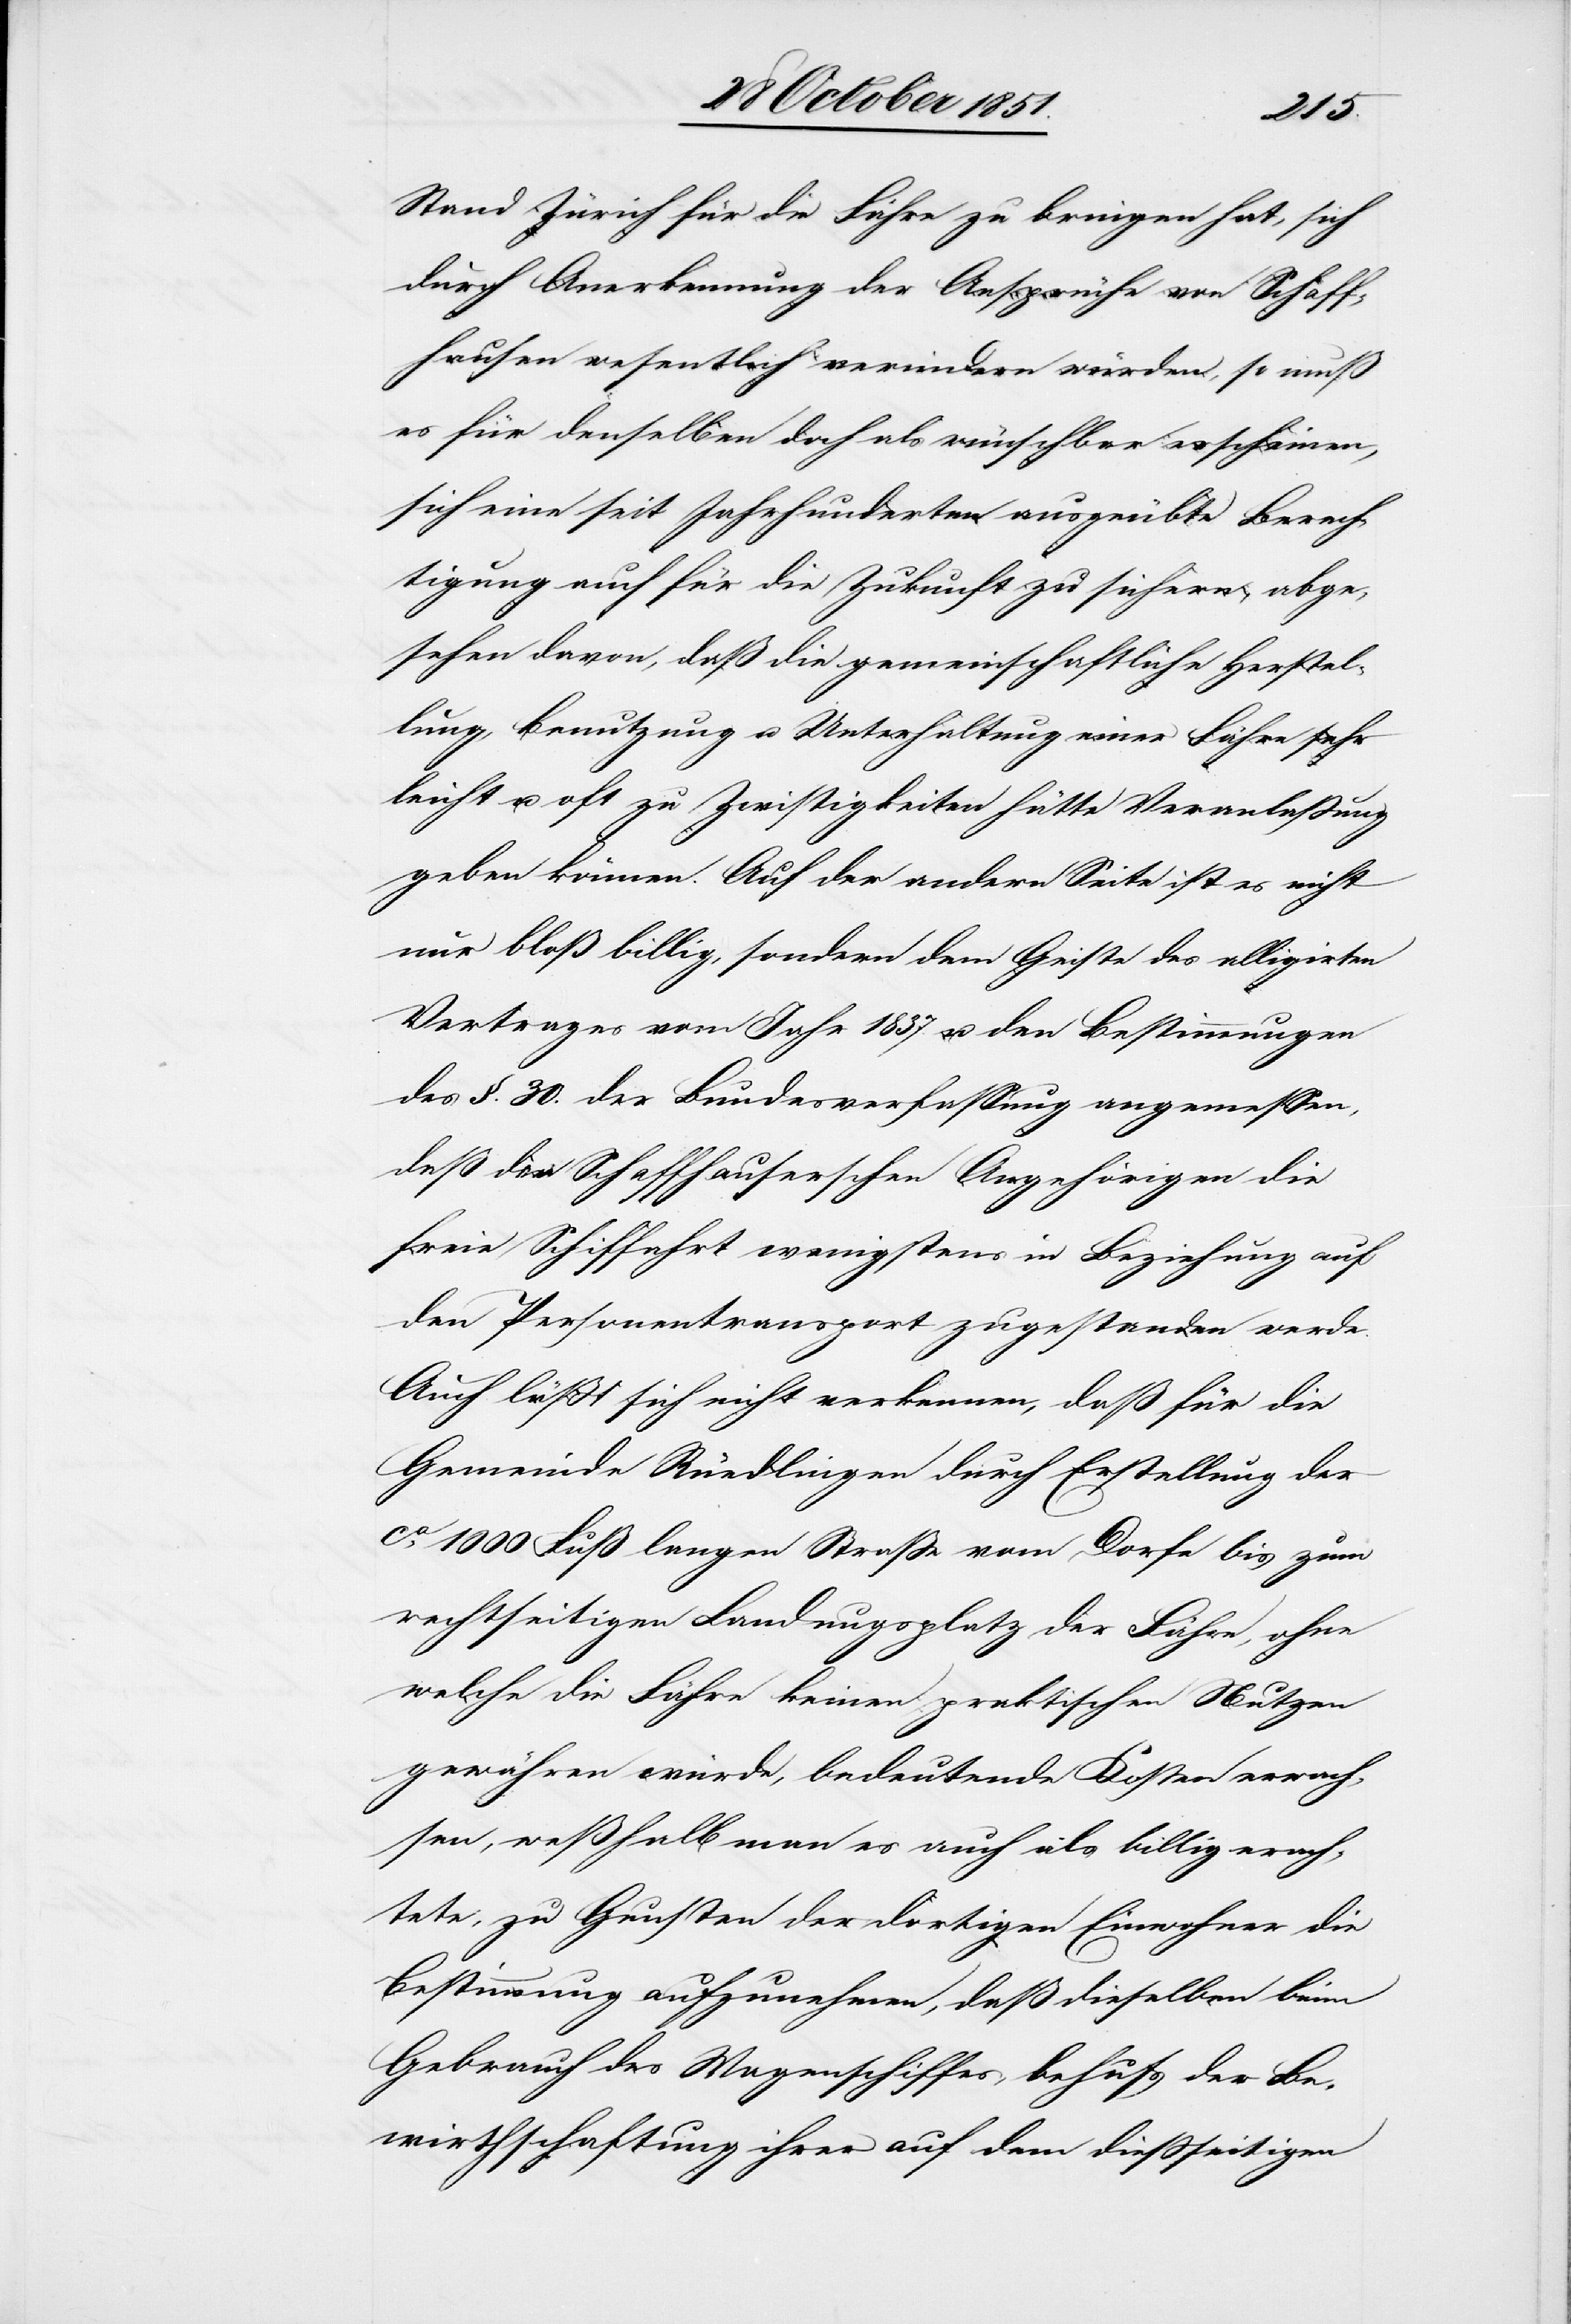
Stand Zürich für die Fähre zu bringen hat, sich
durch Anerkennung der Ansprüche von Schaff¬
hausen wesentlich [?vermindern] würden, so muß
es für denselben doch als wünschbar erscheinen,
sich eine seit Jahrhunderten ausgeübte Berech¬
tigung auch für die Zukunft zu sichern, abge¬
sehen davon, daß die gemeinschaftliche Herstel¬
lung, Benutzung u. Unterhaltung einer Fähre sehr
leicht u. oft zu Zwistigkeiten hätte Veranlaßung
geben können. Auf der andern Seite ist es nicht
nur bloß billig, sondern dem Geiste des alligirten
Vertrages vom Jahr 1837. u. den Bestimmungen
des §. 30. der Bundesverfassung angemessen,
daß den Schaffhauserschen Angehörigen die
freie Schiffahrt wenigstens in Beziehung auf
den Personentransport zugestanden werde.
Auch läßt sich nicht verkennen, daß für die
Gemeinde Ruedlingen durch Erstellung der
ca. 1000 Fuß langen Straße vom Dorfe bis zum
rechtseitigen Landungsplatz der Fähre, ohne
welche die Fähre keinen praktischen Nutzen
gewähren würde, bedeutende Kosten erwach¬
sen, weßhalb man es auch als billig erach¬
tete, zu Gunsten der dortigen Einwohner die
Bestimmung aufzunehmen, daß dieselben beim
Gebrauch des Wagenschiffes, behufs der Be¬
wirthschaftung ihrer auf dem dießseitigen